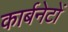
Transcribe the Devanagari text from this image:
कार्बनेटों